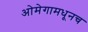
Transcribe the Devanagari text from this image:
ओमेगामधूनच